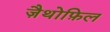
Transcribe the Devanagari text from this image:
ज़ैथोफ़िल